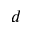
d